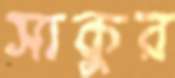
সাকুর